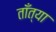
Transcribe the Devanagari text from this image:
ताँत्या